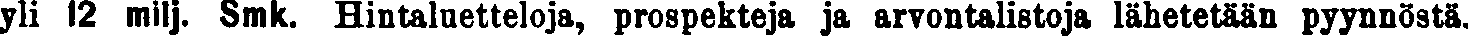
yli 12 milj. Smk. Hiutaluetteloja, prospekteja ja arvontalistoja lähetetään pyynnöstä.